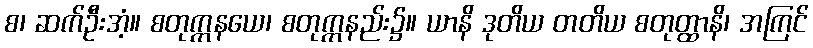
စ၊ ဆက်ဦးအံ့။ စတုက္ကနယေ၊ စတုက္ကနည်း၌။ ယာနိ ဒုတိယ တတိယ စတုတ္ထာနိ၊ အကြင်